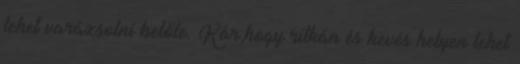
lehet varázsolni belőle. Kár,hogy ritkán és kevés helyen lehet